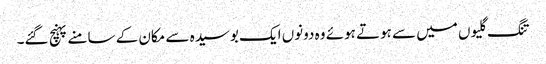
تنگ گلیوں میں سے ہوتے ہوئے وہ دونوں ایک بوسیدہ سے مکان کے سامنے پہنچ گئے۔